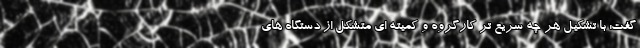
گفت: با تشکیل هر چه سریع تر کارگروه و کمیته ای متشکل از دستگاه های